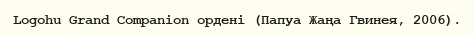
Logohu Grand Companion ордені (Папуа Жаңа Гвинея, 2006).